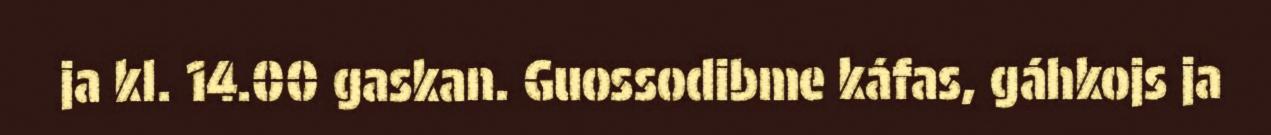
ja kl. 14.00 gaskan. Guossodibme káfas, gáhkojs ja